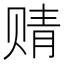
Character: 䞍